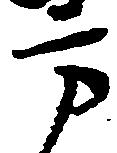
方